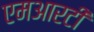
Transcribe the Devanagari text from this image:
एमआरटी